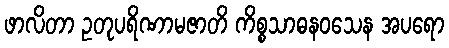
ဖာလိတာ ဥတုပရိဏာမဇာတိ ကိစ္စသာဓနဝသေန အပရော